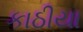
કાઠીયા